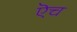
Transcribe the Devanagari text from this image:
ऎच